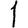
Digit: 1